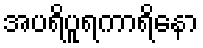
အပရိပူရကာရိနော